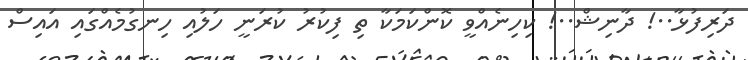
ދަރިފުޅާ..! ދާނިޝް..! ކިހިނެއްްވީ ކޮންކަމަކާ ތި ފިކުރު ކުރަނީ ހަލުއި ހިނގުމެއްގައި އައިސް